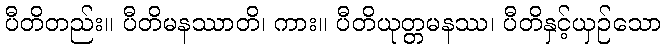
ပီတိတည်း။ ပီတိမနဿာတိ၊ ကား။ ပီတိယုတ္တမနဿ၊ ပီတိနှင့်ယှဉ်သော